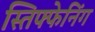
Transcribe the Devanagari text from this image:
स्तिफ्फेनिंग